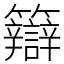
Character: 䉸